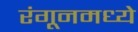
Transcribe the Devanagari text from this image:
रंगूनमध्ये